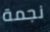
نجمة